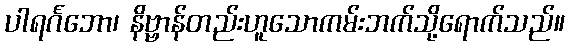
ပါရင်္ဂဘော၊ နိဗ္ဗာန်တည်းဟူသောကမ်းဘက်သို့ရောက်သည်။